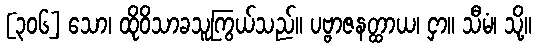
[၃၀၆] သော၊ ထိုဝိသာခသူကြွယ်သည်။ ပဗ္ဗာဇနတ္ထာယ၊ ငှာ။ သီမံ၊ သို့။